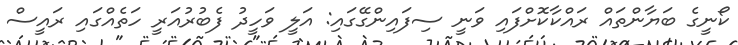
ކޯނީގެ ބަޔާންތައް ރައްކާކޮށްފައި ވަނީ ސިފައިންގޭގައި: އަލީ ވަހީދު ފެބުރުއަރީ ހަތެއްގައި ރައީސް